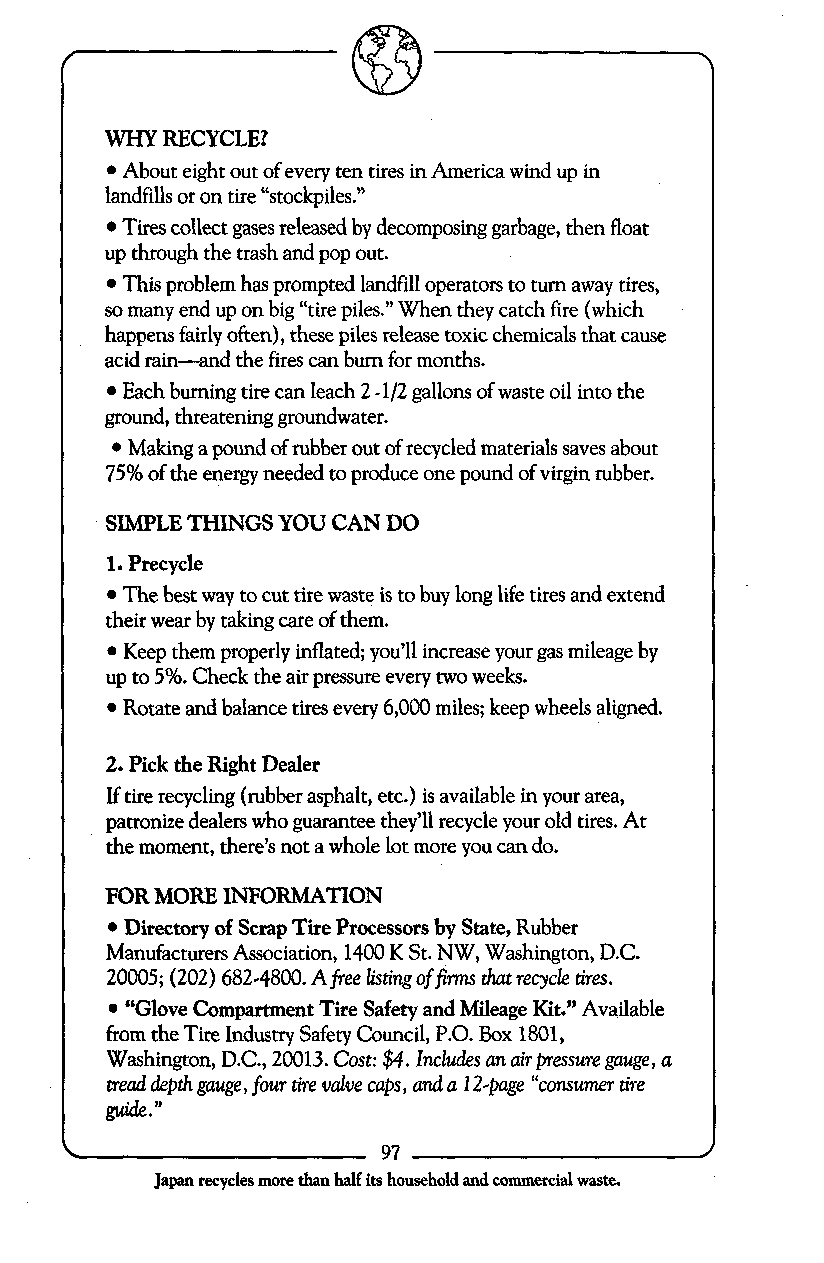
WHY RECYCLE?
 About eight out of every ten tires in America wind up in
 landfills or on tire “stockpiles.”
 Tires collect gases released by decomposing garbage, then float
 up through the trash and pop out.
 This problem has prompted landfill operators to tum away tires,
 so many end up on big “tire piles.’’ When they catch fire (which
 happens fairly often), these piles release toxic chemicals that cause
 acid rain-and the fires can bum for months.
 Each buming tire can leach 2 -1/2 gallons of waste oil into the
 ground, threatening groundwater.
 Making a pound of rubber out of recycled materials saves about
 75% of the energy needed to produce one pound of virgin rubber.
 SIMPLE THINGS YOU CAN DO
 1. Precycle
 The best way to cut tire waste is to buy long life tires and extend
 their wear by taking care of them.
 Keep them properly inflated; you’ll increase your gas mileage by
 up to 5%. Check the air pressure every two weeks.
 Rotate and balance tires every 6,000 miles; keep wheels aligned.
 2. Pick the Right Dealer
 If tire recycling (rubber asphalt, etc.) is available in your area,
 patronize dealers who guarantee they’ll recycle your old tires. At
 the moment, there’s not a whole lot more you can do.
 FOR MORE INFORMATION
 Directory of Scrap Tire Processors by State, Rubber
 ManufacturersA ssociation, 1400 K St. NW, Washington, D.C.
 20005; (202) 682-4800. A fiee listing of fim that recycle tires.
 “Glove Compartment Tire Safety and Mileage Kit.” Available
 from the Tire Industry Safety Council, P.O. Box 1801,
 Washington, D.C.,2 0013. Cost: $4. Includes an air pressure gauge, u
 tread depth gauge, four tire vdve caps, and a 12-page “consumer tire
 gLude.”
 Japan recycles more than half its household and commercial waste.